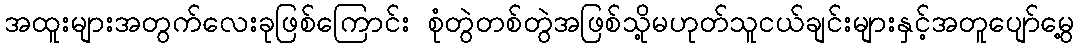
အထူးများအတွက်လေးခုဖြစ်ကြောင်း စုံတွဲတစ်တွဲအဖြစ်သို့မဟုတ်သူငယ်ချင်းများနှင့်အတူပျော်မွေ့